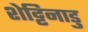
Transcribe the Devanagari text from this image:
शेट्टिनाडु